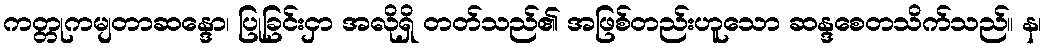
ကတ္တုကမျတာဆန္ဒော၊ ပြုခြင်းငှာ အလိုရှိ တတ်သည်၏ အဖြစ်တည်းဟူသော ဆန္ဒစေတသိက်သည်။ န၊